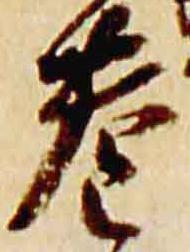
巷